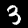
Digit: 3